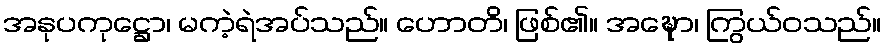
အနုပကုဋ္ဌော၊ မကဲ့ရဲအပ်သည်။ ဟောတိ၊ ဖြစ်၏။ အဍ္ဎော၊ ကြွယ်ဝသည်။